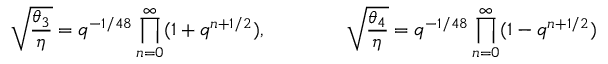
\sqrt { \frac { \theta _ { 3 } } { \eta } } = q ^ { - 1 / 4 8 } \prod _ { n = 0 } ^ { \infty } ( 1 + q ^ { n + 1 / 2 } ) , \qquad \qquad \sqrt { \frac { \theta _ { 4 } } { \eta } } = q ^ { - 1 / 4 8 } \prod _ { n = 0 } ^ { \infty } ( 1 - q ^ { n + 1 / 2 } )